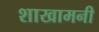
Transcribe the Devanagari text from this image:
शाखामनी